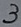
Text: 3